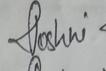
Signature authenticity: genuine